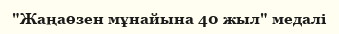
"Жаңаөзен мұнайына 40 жыл" медалі